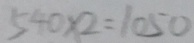
5 4 0 \times 2 = 1 0 5 0